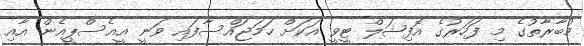
މުބާރާތުގެ މި ފަހަރުގެ އޮފިޝަލް ޓީވީ އަކަށް ހަމަޖައްސާފައި ވަނީ އީއެސްޕީއެން އާއި